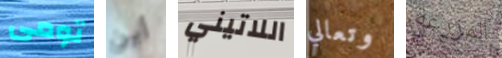
تومى أين اللاتيني وتعالي المزرعة